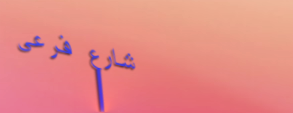
شارع فرعي